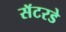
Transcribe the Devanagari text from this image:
सॅटरडे